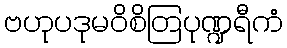
ဗဟုပဒုမဝိစိတြပုဏ္ဍရီကံ